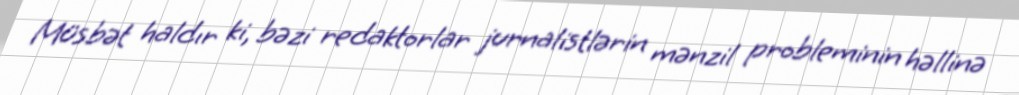
Müsbət haldır ki, bəzi redaktorlar jurnalistlərin mənzil probleminin həllinə